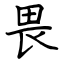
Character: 畏